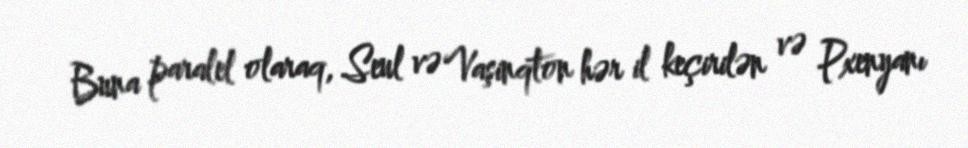
Buna paralel olaraq, Seul və Vaşinqton hər il keçirilən və Pxenyanı